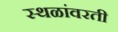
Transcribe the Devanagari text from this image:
स्थळांवरती